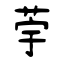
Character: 荢